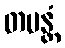
တပန္တံ